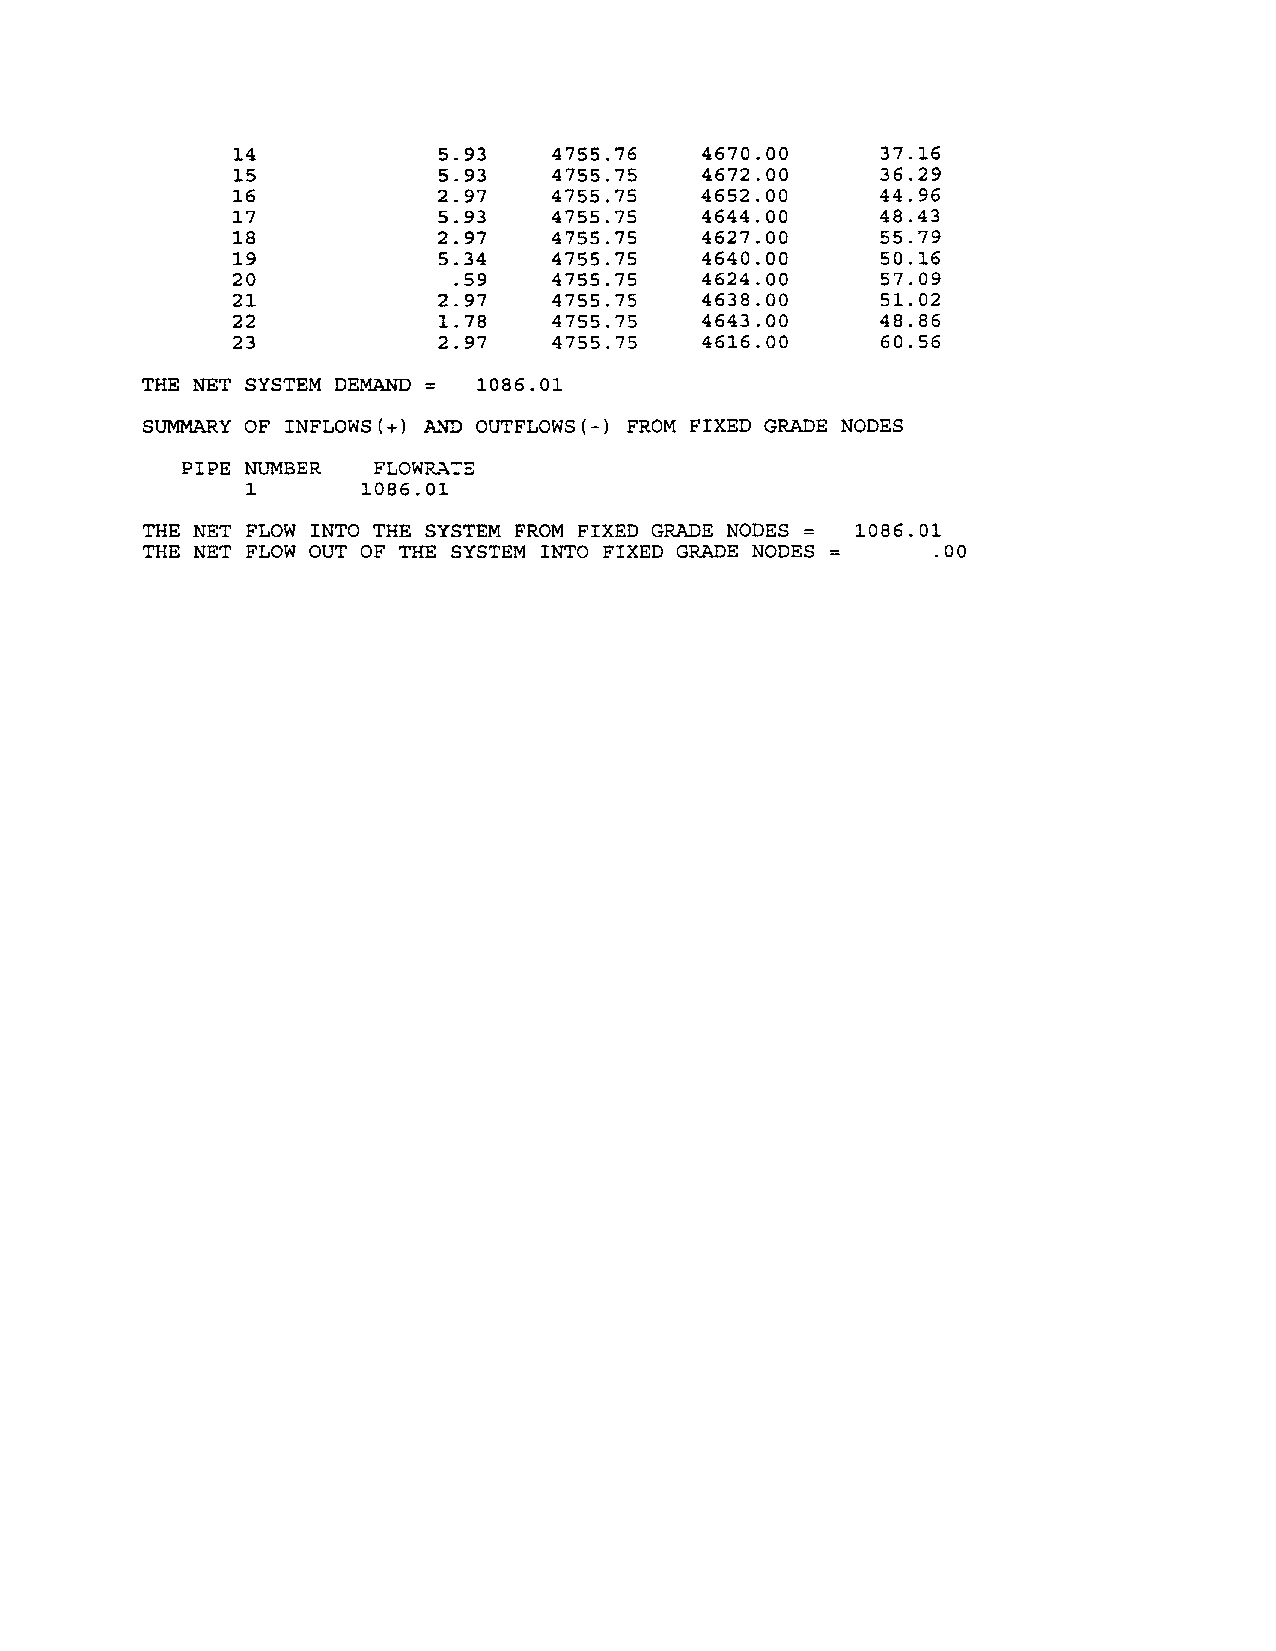
14           5.93    4755.76   4670.00    37.16
 15           5.93    4755.75   4672.00    36.29
 16           2.97    4755.75   4652.00    44.96
 17           5.93    4755.75   4644.00    48.43
 18           2.97    4755.75   4627.00    55.79
 19           5.34    4755.75   4640.00    50.16
 20            .59    4755.75   4624.00    57.09
 21           2.97    4755.75   4638.00    51.02
 22           1.78    4755.75   4643.00    48.86
 23           2.97    4755.75   4616.00    60.56
 THE NET SYSTEM DEMAND  1086.01
 SUMMARY OF INFLOWS(+) ~~ OUTFLOWS(-) FROM FIXED GRADE NODES
 PIPE NUMBER  FLOWRA7E
 1       1086.01
 THE NET FLOW INTO THE SYSTEM FROM FIXED GRADE NODES = 1086.01
 THE NET FLOW OUT OF THE SYSTEM INTO FIXED GRADE NODES .00